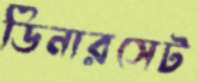
ডিনারসেট